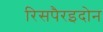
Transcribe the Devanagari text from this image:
रिसपैरइदोन